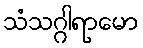
သံသဂ္ဂါရာမော